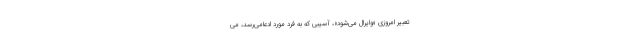
تعبیر امروزی «وایرال می‌شود»، آسیبی که به فرد مورد ادعامی‌رسد، می